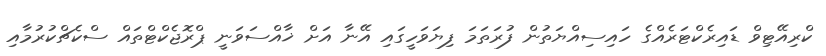
ކްރިއޭޓިވް ޑައިރެކްޓަރެއްގެ ހައިސިއްޔަތުން ފުރަތަމަ ފިޔަވަހީގައި އޭނާ އަށް ޚާއްސަވަނީ ޕްރޮޖެކްޓްތައް ސްކެޗްކުރުމާއި